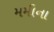
મમીના